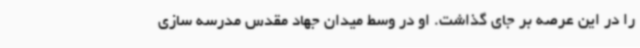
را در این عرصه بر جای گذاشت. او در وسط میدان جهاد مقدس مدرسه سازی